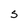
Character: s